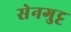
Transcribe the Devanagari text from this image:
सेनगुट्ट